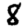
Digit: 8